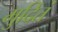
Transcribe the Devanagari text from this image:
मुदितं